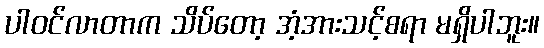
ပါဝင်လာတာက သိပ်တော့ အံ့အားသင့်စရာ မရှိပါဘူး။